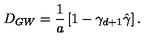
D _ { G W } = { \frac { 1 } { a } } \left[ 1 - \gamma _ { d + 1 } \hat { \gamma } \right] .